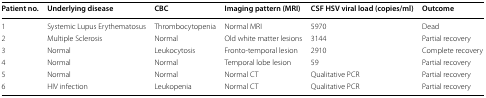
| Patient no. | Underlying disease | CBC | Imaging pattern (MRI) | CSF HSV viral load (copies/ml) | Outcome |
 | --- | --- | --- | --- | --- | --- |
 | 1 | Systemic Lupus Erythematosus | Thrombocytopenia | Normal MRI | 5970 | Dead |
 | 2 | Multiple Sclerosis | Normal | Old white matter lesions | 3144 | Partial recovery |
 | 3 | Normal | Leukocytosis | Fronto-temporal lesion | 2910 | Complete recovery |
 | 4 | Normal | Normal | Temporal lobe lesion | 59 | Partial recovery |
 | 5 | Normal | Normal | Normal CT | Qualitative PCR | Partial recovery |
 | 6 | HIV infection | Leukopenia | Normal CT | Qualitative PCR | Partial recovery |